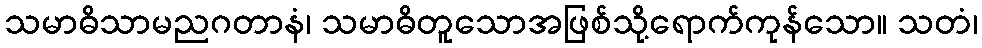
သမာဓိသာမညဂတာနံ၊ သမာဓိတူသောအဖြစ်သို့ရောက်ကုန်သော။ သတံ၊